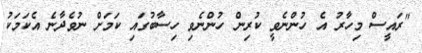
"ރައީސް މިހާރު އެ ހުންނެވީ ކުރިން ހުންނެވި ހިސާބުގައި ކަމަށް ނުވެދާނެ އެކަމަކު